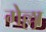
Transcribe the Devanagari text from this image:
गेल्ला